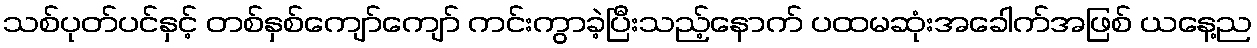
သစ်ပုတ်ပင်နှင့် တစ်နှစ်ကျော်ကျော် ကင်းကွာခဲ့ပြီးသည့်နောက် ပထမဆုံးအခေါက်အဖြစ် ယနေ့ည